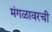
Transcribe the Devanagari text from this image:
मंगळावरची